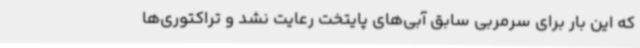
که این بار برای سرمربی سابق آبی‌های پایتخت رعایت نشد و تراکتوری‌ها